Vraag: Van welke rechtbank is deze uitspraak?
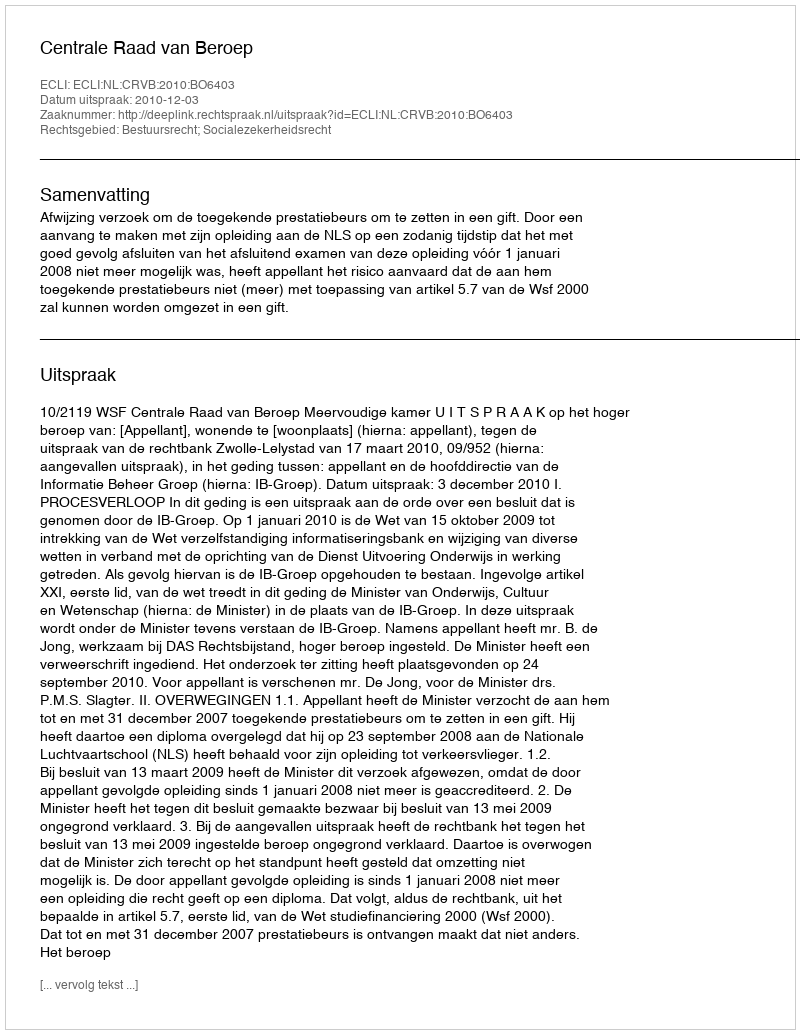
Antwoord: Centrale Raad van Beroep